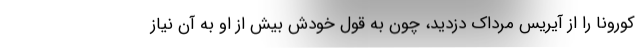
کورونا را از آیریس مرداک دزدید، چون به قول خودش بیش از او به آن نیاز